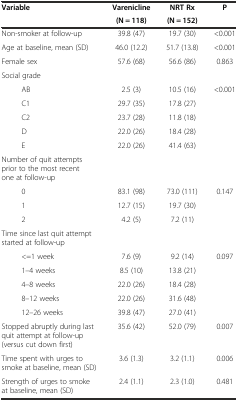
<table><thead><tr><td rowspan="2"><b>Variable</b></td><td><b>Varenicline</b></td><td><b>NRT Rx</b></td><td rowspan="2"><b>P</b></td></tr><tr><td><b>(N = 118)</b></td><td><b>(N = 152)</b></td></tr></thead><tbody><tr><td>Non-smoker at follow-up</td><td>39.8 (47)</td><td>19.7 (30)</td><td>&lt;0.001</td></tr><tr><td>Age at baseline, mean (SD)</td><td>46.0 (12.2)</td><td>51.7 (13.8)</td><td>&lt;0.001</td></tr><tr><td>Female sex</td><td>57.6 (68)</td><td>56.6 (86)</td><td>0.863</td></tr><tr><td>Social grade</td><td></td><td></td><td></td></tr><tr><td>AB</td><td>2.5 (3)</td><td>10.5 (16)</td><td rowspan="5">&lt;0.001</td></tr><tr><td>C1</td><td>29.7 (35)</td><td>17.8 (27)</td></tr><tr><td>C2</td><td>23.7 (28)</td><td>11.8 (18)</td></tr><tr><td>D</td><td>22.0 (26)</td><td>18.4 (28)</td></tr><tr><td>E</td><td>22.0 (26)</td><td>41.4 (63)</td></tr><tr><td>Number of quit attempts prior to the most recent one at follow-up</td><td></td><td></td><td></td></tr><tr><td>0</td><td>83.1 (98)</td><td>73.0 (111)</td><td rowspan="3">0.147</td></tr><tr><td>1</td><td>12.7 (15)</td><td>19.7 (30)</td></tr><tr><td>2</td><td>4.2 (5)</td><td>7.2 (11)</td></tr><tr><td>Time since last quit attempt started at follow-up</td><td></td><td></td><td></td></tr><tr><td>&lt;=1 week</td><td>7.6 (9)</td><td>9.2 (14)</td><td rowspan="5">0.097</td></tr><tr><td>1–4 weeks</td><td>8.5 (10)</td><td>13.8 (21)</td></tr><tr><td>4–8 weeks</td><td>22.0 (26)</td><td>18.4 (28)</td></tr><tr><td>8–12 weeks</td><td>22.0 (26)</td><td>31.6 (48)</td></tr><tr><td>12–26 weeks</td><td>39.8 (47)</td><td>27.0 (41)</td></tr><tr><td>Stopped abruptly during last quit attempt at follow-up (versus cut down first)</td><td>35.6 (42)</td><td>52.0 (79)</td><td>0.007</td></tr><tr><td>Time spent with urges to smoke at baseline, mean (SD)</td><td>3.6 (1.3)</td><td>3.2 (1.1)</td><td>0.006</td></tr><tr><td>Strength of urges to smoke at baseline, mean (SD)</td><td>2.4 (1.1)</td><td>2.3 (1.0)</td><td>0.481</td></tr></tbody></table>